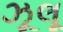
ઝૂલૂ